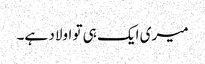
میری ایک ہی تو اولاد ہے۔